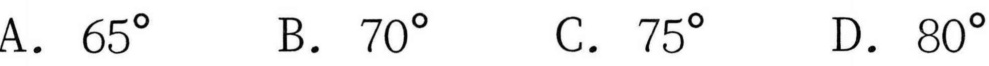
A. \(65^{\circ}\)  \hspace{3cm} B. \(70^{\circ}\)  \hspace{3cm} C. \(75^{\circ}\)  \hspace{3cm} D. \(80^{\circ}\)